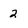
Character: 2